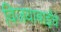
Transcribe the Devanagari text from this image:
विजयाबाईंचे